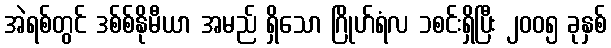
အဲရစ်တွင် ဒစ်စ်နိုမီယာ အမည် ရှိသော ဂြိုဟ်ရံလ ၁စင်းရှိပြီး ၂၀၀၅ ခုနှစ်